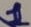
Text: 1